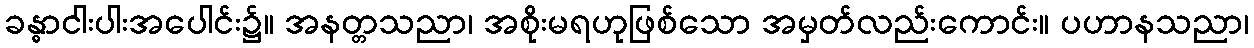
ခန္ဓာငါးပါးအပေါင်း၌။ အနတ္တသညာ၊ အစိုးမရဟုဖြစ်သော အမှတ်လည်းကောင်း။ ပဟာနသညာ၊